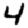
Digit: 4